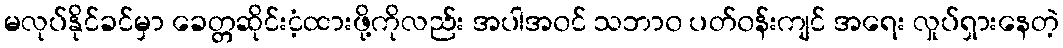
မလုပ်နိုင်ခင်မှာ ခေတ္တဆိုင်းငံ့ထားဖို့ကိုလည်း အပါအ၀င် သဘာ၀ ပတ်၀န်းကျင် အရေး လှုပ်ရှားနေတဲ့